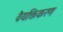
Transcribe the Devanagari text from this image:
वैयक्तिकरण